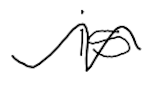
Text: is
Cross-out: wave
Writing tool: digital_black